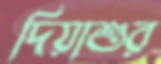
দিয়াশুর